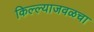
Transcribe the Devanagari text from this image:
किल्ल्याजवळचा